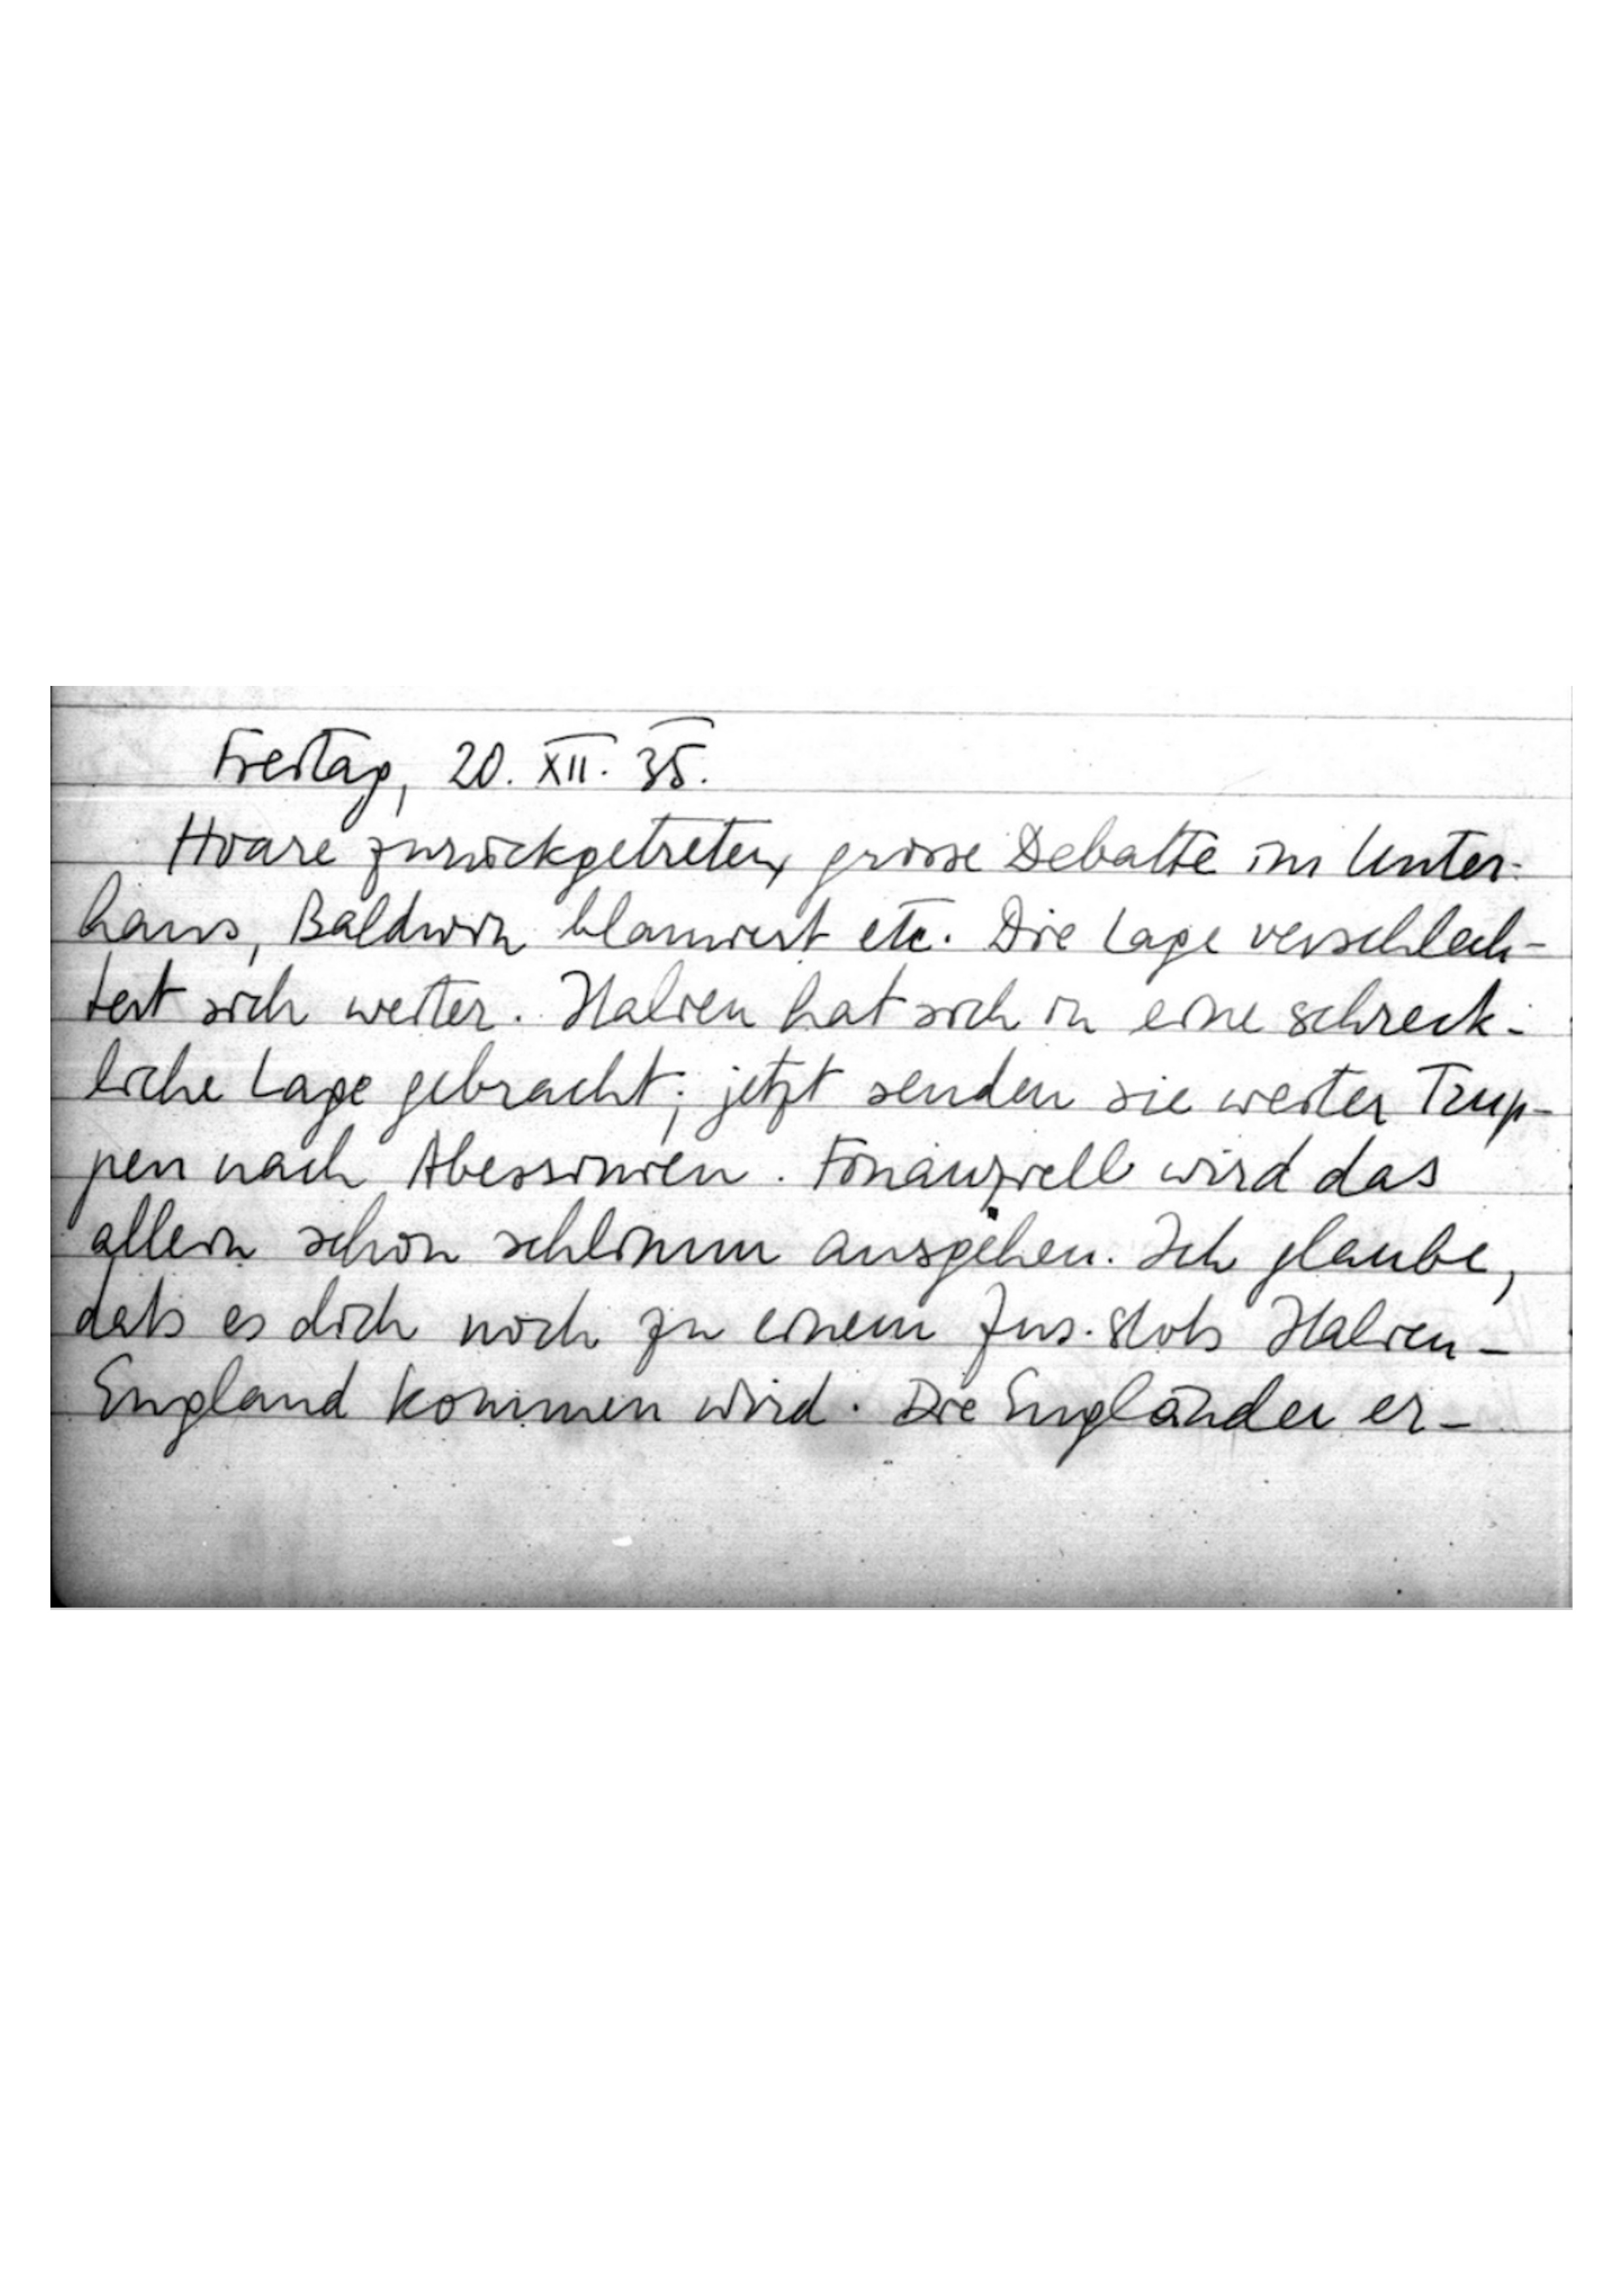
Freitag, 20. XII. 35.
Hoare zurückgetreten, grosse Debatte im Unter
haus, Baldwin blamiert etc. Die Lage verschlech
tert sich weiter. Italien hat sich in eine schreck
liche Lage gebracht; jetzt senden sie weiter Trup
pen nach Abessinien. Finanziell wird das
allein schon schlimm ausgehen. Ich glaube,
daß es doch noch zu einem Zus.stoß Italien-
England kommen wird. Die Engländer er-